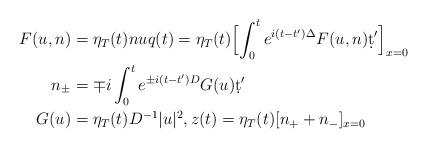
LaTeX: \begin{align*} F(u,n)&=\eta_T(t) n u q(t)= \eta_T(t ) \Bigl[\int_0^t e^{i(t-t^\prime)\Delta} F(u,n)\d t' \Bigr]_{x=0} \\n_\pm &= \mp i \int_0^t e^{\pm i (t-t^\prime) D} G(u )\d t' \\G(u )&=\eta_T(t) D^{-1} |u|^2, z(t)= \eta_T(t) [n_++n_-]_{x=0}\end{align*}